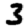
Digit: 3